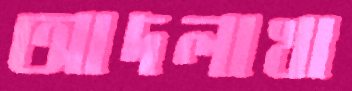
আদলাখা